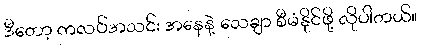
ဒီတော့ ကလပ်အသင်း အနေနဲ့ သေချာ စီမံနိုင်ဖို့ လိုပါတယ်။